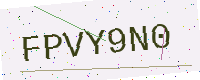
Text: FPVY9N0